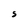
Character: S